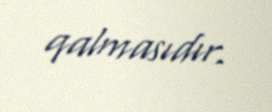
qalmasıdır.